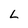
Character: L